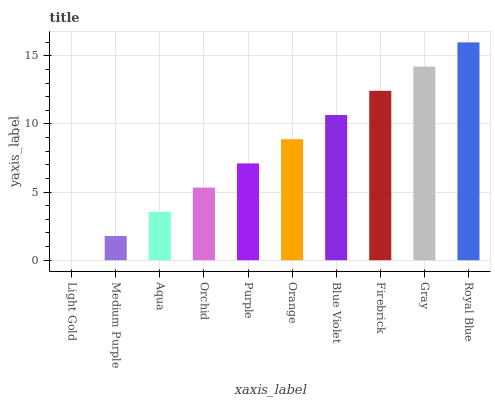
| xaxis_label | bars |
 | --- | --- |
 | Light Gold | 0 |
 | Medium Purple | 1.78 |
 | Aqua | 3.55 |
 | Orchid | 5.33 |
 | Purple | 7.1 |
 | Orange | 8.88 |
 | Blue Violet | 10.7 |
 | Firebrick | 12.4 |
 | Gray | 14.2 |
 | Royal Blue | 16 |